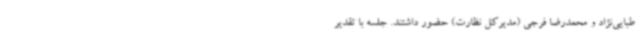
طبایی‌نژاد و محمدرضا فرجی (مدیرکل نظارت) حضور داشتند. جلسه با تقدیر